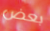
بعض